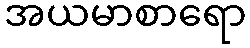
အယမာစာရော